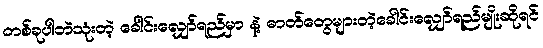
တစ်ခုပါဘဲသုံးတဲ့ ခေါင်းလျှော်ရည်မှာ နဲ့ ဓာတ်တွေများတဲ့ခေါင်းလျှော်ရည်မျိုးဆိုရင်